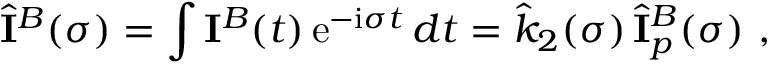
\hat { \bf \cal I } ^ { B } ( \sigma ) = \int { \bf \cal I } ^ { B } ( t ) \, \mathrm { e } ^ { - \mathrm { i } \sigma t } \, d t = \hat { k } _ { 2 } ( \sigma ) \, \hat { \bf \cal I } _ { p } ^ { B } ( \sigma ) \ ,